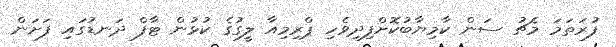
ފުރަތަމަ މެޗު ސަން ކާމިޔާބުކޮށްފިދިވެހި ޕްރިމިއާ ލީގުގެ ކުޅުން ޓާފް ދަނޑުގައި ފަށަން